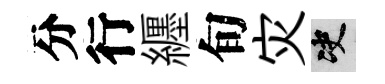
分行纒旬灾决